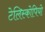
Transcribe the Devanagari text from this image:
टेलिस्कोपियो